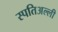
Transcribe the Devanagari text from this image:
स्पतिअल्ली